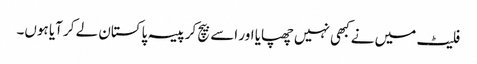
فلیٹ میں نے کبھی نہیں چھپایا اور اسے بیچ کر پیسہ پاکستان لے کر آیا ہوں۔